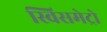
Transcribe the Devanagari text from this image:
स्विसमेट्रो